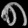
Digit: ၈